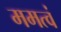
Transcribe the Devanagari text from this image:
ममत्वं